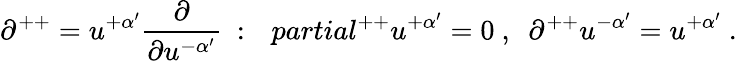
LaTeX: \partial^{++}=u^{+\alpha^{\prime}}{\frac{\partial}{\partial u^{-\alpha^{\prime}}}}\ :\ \ \, partial^{++}u^{+\alpha^{\prime}}=0\ ,\ \ \partial^{++}u^{-\alpha^{\prime}}=u^{+\alpha^{\prime}}\ .